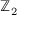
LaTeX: \mathbb { Z } _ { 2 }